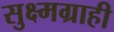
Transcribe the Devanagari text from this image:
सुक्ष्मग्राही